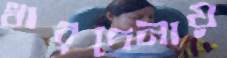
ধারদেনায়